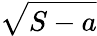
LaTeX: \sqrt{S-a}